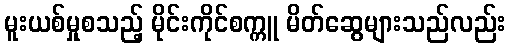
မူးယစ်မှုစသည့် မိုင်းကိုင်စက္ကူ မိတ်ဆွေများသည်လည်း